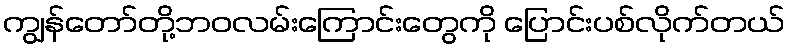
ကျွန်တော်တို့ဘဝလမ်းကြောင်းတွေကို ပြောင်းပစ်လိုက်တယ်